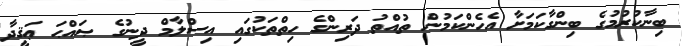
ބިނާކުރުމުގެ ބިންގާކަމަށާ އެހެންކަމުން ތުއްތު ދަރިންގެ ހިތްތަކުގައި އިސްލާމް ދީނުގެ ޞައްޙަ ޢަޤީދާ